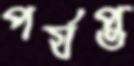
পর্যপ্ত